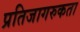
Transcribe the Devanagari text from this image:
प्रतिजागरुकता